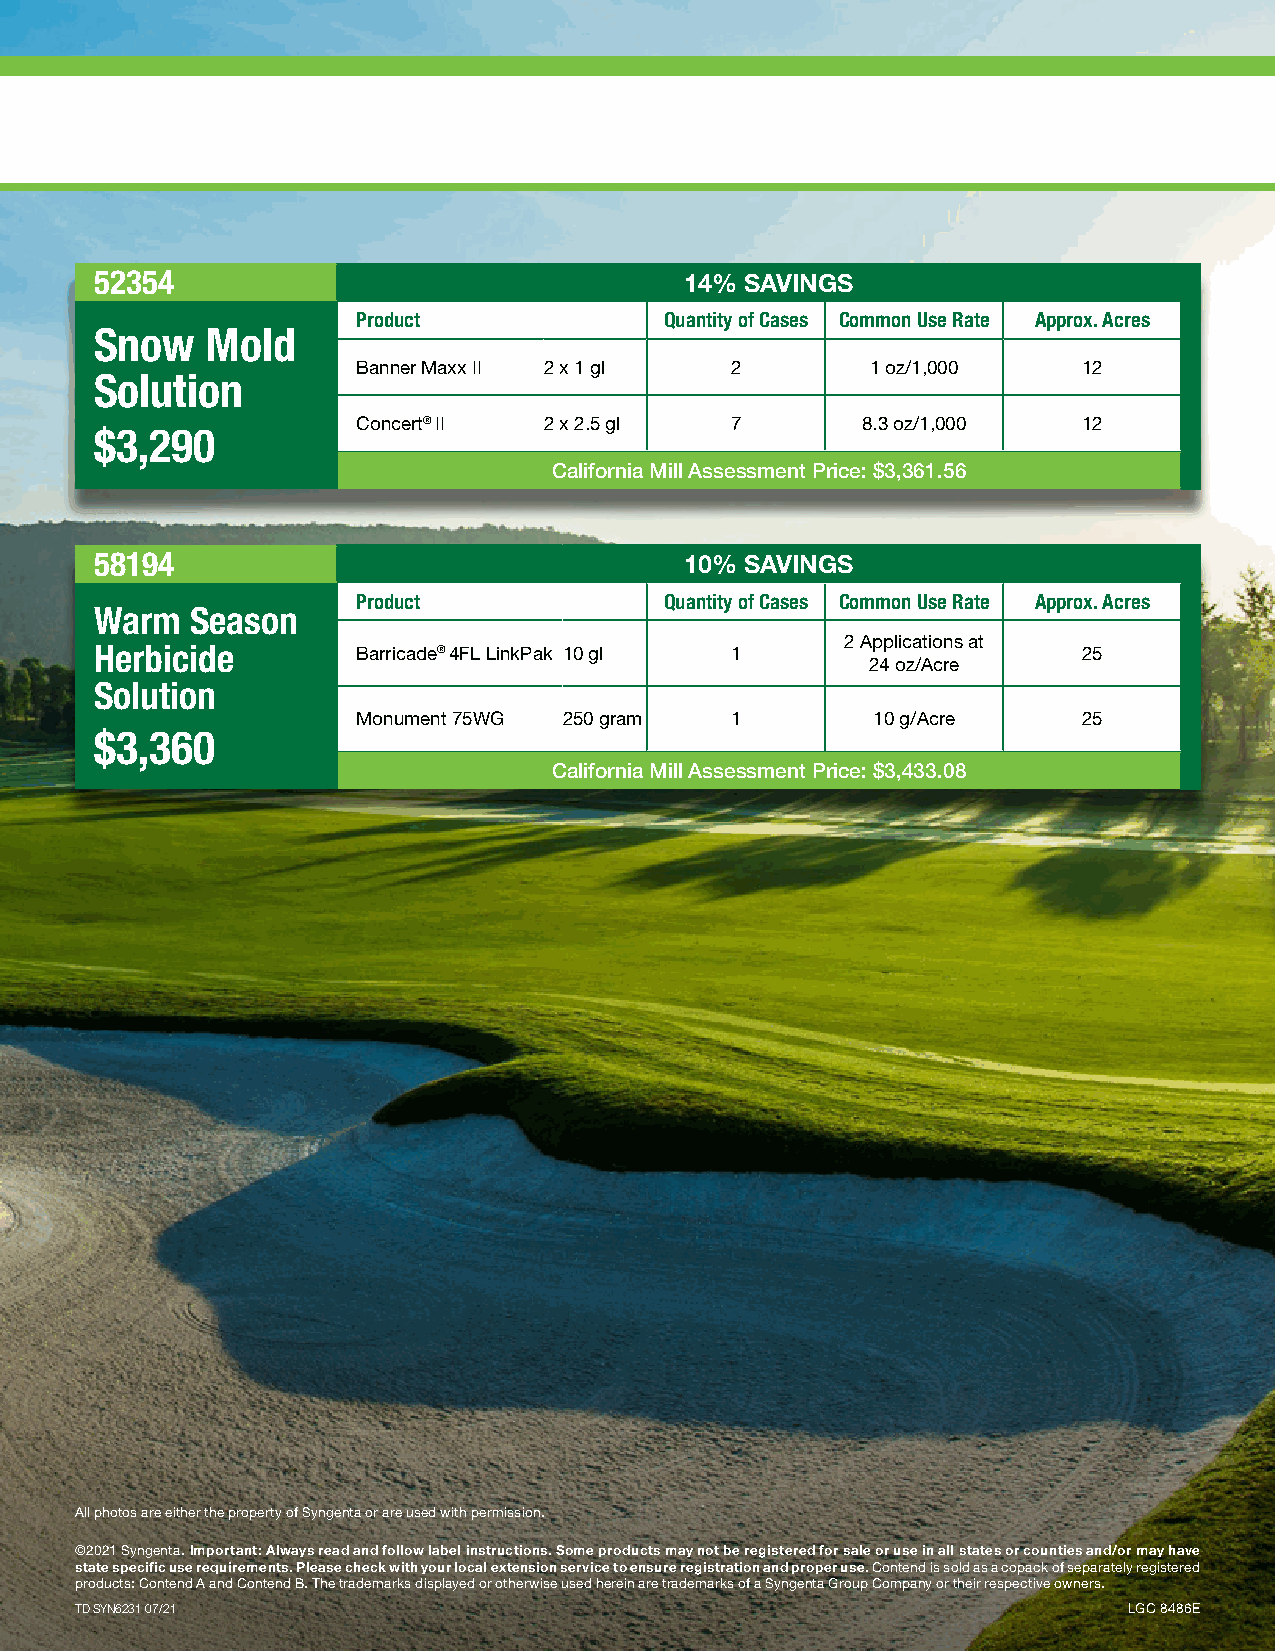
52354                                  14% SAVINGS
 Product             Quantity of Cases Common Use Rate Approx. Acres
 Snow    Mold
 Banner Maxx II 2 x 1 gl 2         1 oz/1,000    12
 Solution
 Concert® II 2 x 2.5 gl  7        8.3 oz/1,000   12
 $3,290
 California Mill Assessment Price: $3,361.56
 58194                                  10% SAVINGS
 Product             Quantity of Cases Common Use Rate Approx. Acres
 Warm   Season
 2 Applications at
 Herbicide         Barricade® 4FL LinkPak 10 gl 1                  25
 24 oz/Acre
 Solution
 Monument 75WG 250 gram  1         10 g/Acre     25
 $3,360
 California Mill Assessment Price: $3,433.08
 All photos are either the property of Syngenta or are used with permission.
 ©2021 Syngenta. Important: Always read and follow label instructions. Some products may not be registered for sale or use in all states or counties and/or may have
 state specific use requirements. Please check with your local extension service to ensure registration and proper use. Contend is sold as a copack of separately registered
 products: Contend A and Contend B. The trademarks displayed or otherwise used herein are trademarks of a Syngenta Group Company or their respective owners.
 TD SYN6231 07/21                                                      LGC 8486E